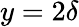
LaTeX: y=2\delta